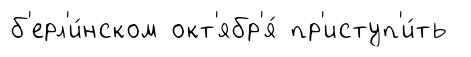
б'ерл'и́нском окт'ябр'я́ пр'иступ'и́ть